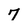
Character: 7